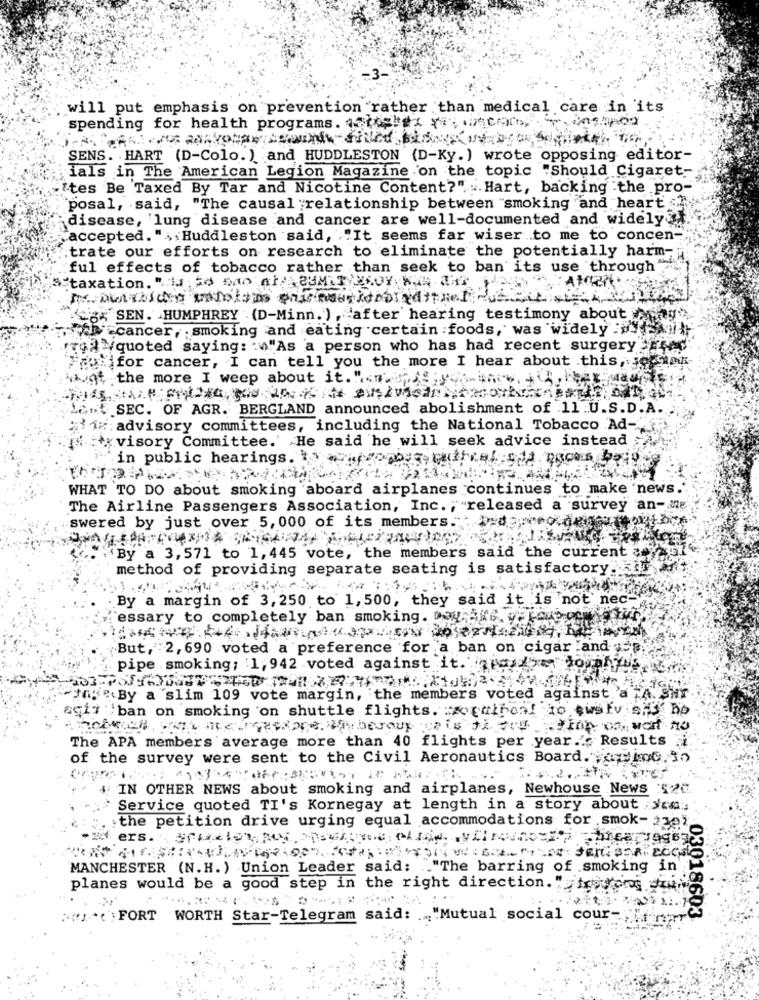
will put emphasis on prevention rather than medical care in its
spending for health programs. crashes withcars, tenemos
SENS. . HART (D-Colo.) and HUDDLESTON (D-Ky.) wrote opposing editor-
ials in The American Legion Magazine on the topic "Should Cigaret-
"tes Be Taxed By Tar and Nicotine Content?". .. Hart, backing :the pro-
posal, said, "The causal ;relationship between "smoking and heart "
disease, 'lung disease and cancer are well-documented and widely.
accepted. " Huddleston said, . "It seems far wiser to me to concen-
trate our efforts on research to eliminate the potentially harm-
ful effects of tobacco rather than seek to ban its use through">
taxation. " Is to AD ATA EUMATULOY KAN ANT
SEN. HUMPHREY .(D-Minn. ) , after hearing testimony about iny"
wdh cancer, smoking and eating certain foods, was widely :.
rrel =quoted saying: : "As a person who has had recent surgery Fre
ouifor cancer, I can tell you the more I hear about this, se yah
the more Iweep aboutit."
Lant SEC. OF AGR. BERGLAND announced abolishment of 11 U.S.D.A.
:1: advisory committees, including the National Tobacco Ad-
[% =x visory Committee.' He said he will seek advice instead
in public hearings. ..
WHAT TO DO about smoking aboard airplanes continues to make 'news.
The Airline Passengers Association, Inc. , "released a survey an-ane
swered by just over 5, 000 of its members. : depiso den
By a 3, 571 to 1, 445 vote, the members said the current
method of providing separate seating is satisfactory.
By a margin of 3,250 to 1, 500, they said it is not neces
essary to completely ban smoking. y 546. ..
But, 2, 690 voted a preference for a ban on cigar and .
pipe smoking; 1, 942 voted against it. i datornhybs )
"mi: ". By a slim 109 vote margin, the members voted against 'a "A. Sur
8917 ban on smoking on shuttle flights. : x pathcal to cwsty ;I Do
The APA members average more than 40 flights per year ..; Results "i.
of the survey were sent to the Civil Aeronautics Board. . ALot in
4. IN OTHER NEWS about smoking and airplanes, Newhouse News :52℃
Service quoted TI's Kornegay at length in a story about ,som :;
:the petition drive urging equal accommodations for smok- 30
trearragex
MANCHESTER (N.H.) Union Leader said: "The barring of smoking in'
planes would be a good step in the right direction. " tro tons diun
"" " FORT WORTH Star-Telegram said: .. "Mutual social cour -;
03018603